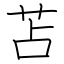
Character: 苫